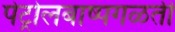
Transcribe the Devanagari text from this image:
पेट्रोलबाष्पगळती